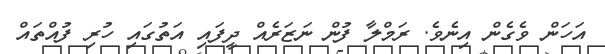
އަހަން ވެގެން އިނެވެ. ރަމްލާ ފުން ނަޒަރެއް ދީފައި އަތުގައި ހުރި ފުއްތައް